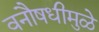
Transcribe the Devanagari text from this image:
वनौषधीमुळे